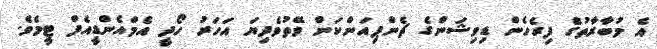
އެ މުބާރާތުގެ ފިރެހެން ޑިވިޝަންގެ ޗެންޕިއަންކަން ވޭތުވެދިޔަ އަހަރު ހޯދީ އެމްއެންޑީއެފް ޓީމެވެ.